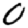
Digit: 0